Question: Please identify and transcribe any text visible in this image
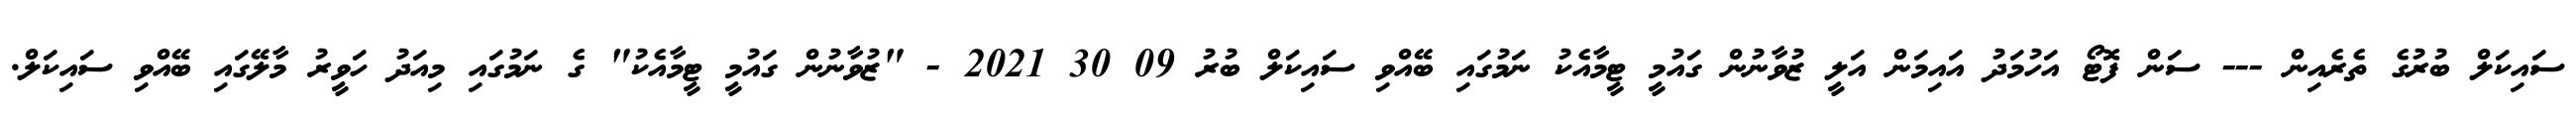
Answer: ސައިކަލް ބުރުގެ ތެރެއިން --- ސަން ފޮޓޯ އަހުމަދު އައިމަން އަލީ ޒުވާނުން ގައުމީ ޓީމާއެކު ނަމުގައި ބޭއްވި ސައިކަލް ބުރު 09 30 2021 - "ޒުވާނުން ގައުމީ ޓީމާއެކު" ގެ ނަމުގައި މިއަދު ހަވީރު މާލޭގައި ބޭއްވި ސައިކަލް.